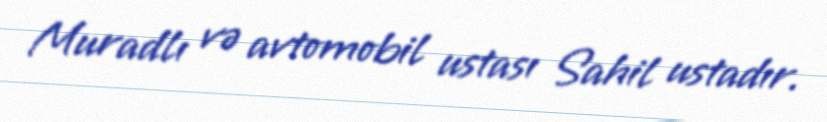
Muradlı və avtomobil ustası Sahil ustadır.